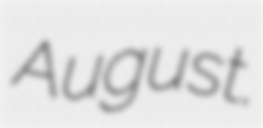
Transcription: August.